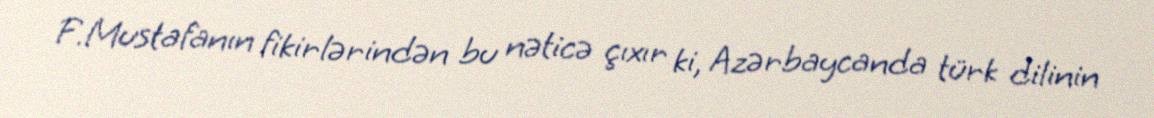
F.Mustafanın fikirlərindən bu nəticə çıxır ki, Azərbaycanda türk dilinin